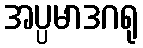
အပ္ပမာဒဂရု